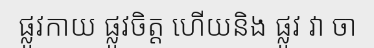
ផ្លូវកាយ ផ្លូវចិត្ត ហើយនិង ផ្លូវ វា ចា